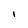
Character: I